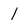
Character: l